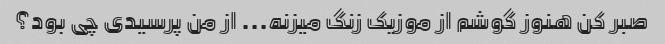
صبر کن هنوز گوشم از موزیک زنگ میزنه... از من پرسیدی چی بود؟